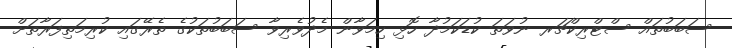
ސަބަބުތައް ސްޓްރިކްޗަރ ނުވަތަ ކުޑަކަމުދާ ހޮޅި ހިމަވާން މެދުވެރިވާ ސަބަބުތަކުގެ ތެރޭގައި ކުރިމަތިފަރާތަށް